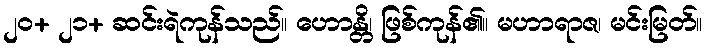
၂၀+ ၂၁+ ဆင်းရဲကုန်သည်။ ဟောန္တိ၊ ဖြစ်ကုန်၏။ မဟာရာဇ၊ မင်းမြတ်။